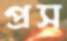
প্রস